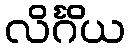
လိင်္ဂိယ